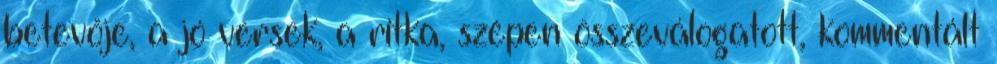
betevője, a jó versek, a ritka, szépen összeválogatott, kommentált